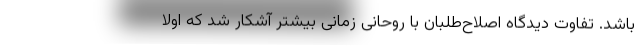
باشد. تفاوت دیدگاه اصلاح‌طلبان با روحانی زمانی بیشتر آشکار شد که اولا